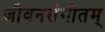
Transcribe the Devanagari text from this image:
जीवनसंगीतम्